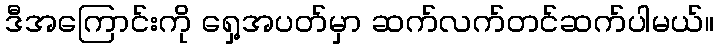
ဒီအကြောင်းကို ရှေ့အပတ်မှာ ဆက်လက်တင်ဆက်ပါမယ်။